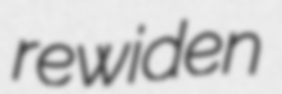
rewiden